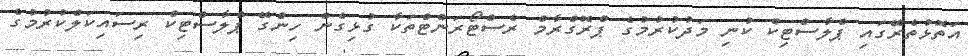
އަތޮޅުތެރޭގައި ޕްލާސްޓިކް ކުނި މަދުކުރުމުގެ ޕްރޮގްރާމް ރެސްޓޯރަންޓްތަކާ ގުޅިގެން ހިންގޭ ޕްލާސްޓިކް ރިސައިކަލްކުރުމުގެ